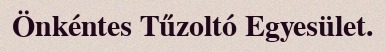
Önkéntes Tűzoltó Egyesület.